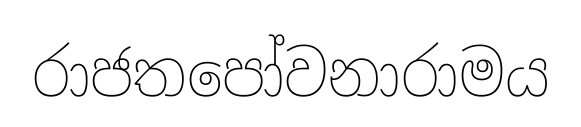
රාජතපෝවනාරාමය